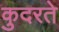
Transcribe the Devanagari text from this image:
कुदरते